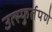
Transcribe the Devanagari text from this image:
उत्स्फुर्तपणे